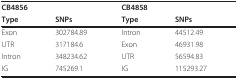
<table><thead><tr><td colspan="2"><b>CB4856</b></td><td colspan="2"><b>CB4858</b></td></tr><tr><td><b>Type</b></td><td><b>SNPs</b></td><td><b>Type</b></td><td><b>SNPs</b></td></tr></thead><tbody><tr><td>Exon</td><td>302784.89</td><td>Intron</td><td>44512.49</td></tr><tr><td>UTR</td><td>317184.6</td><td>Exon</td><td>46931.98</td></tr><tr><td>Intron</td><td>348234.62</td><td>UTR</td><td>56594.83</td></tr><tr><td>IG</td><td>745269.1</td><td>IG</td><td>115293.27</td></tr></tbody></table>